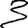
Digit: 3